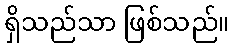
ရှိသည်သာ ဖြစ်သည်။